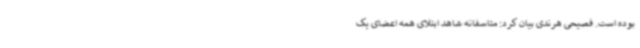
بوده است. فصیحی هرندی بیان کرد: متاسفانه شاهد ابتلای همه اعضای یک